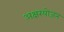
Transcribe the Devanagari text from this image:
अक्षरयोजन